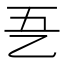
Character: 㐏